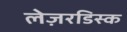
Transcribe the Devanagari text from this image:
लेज़रडिस्क